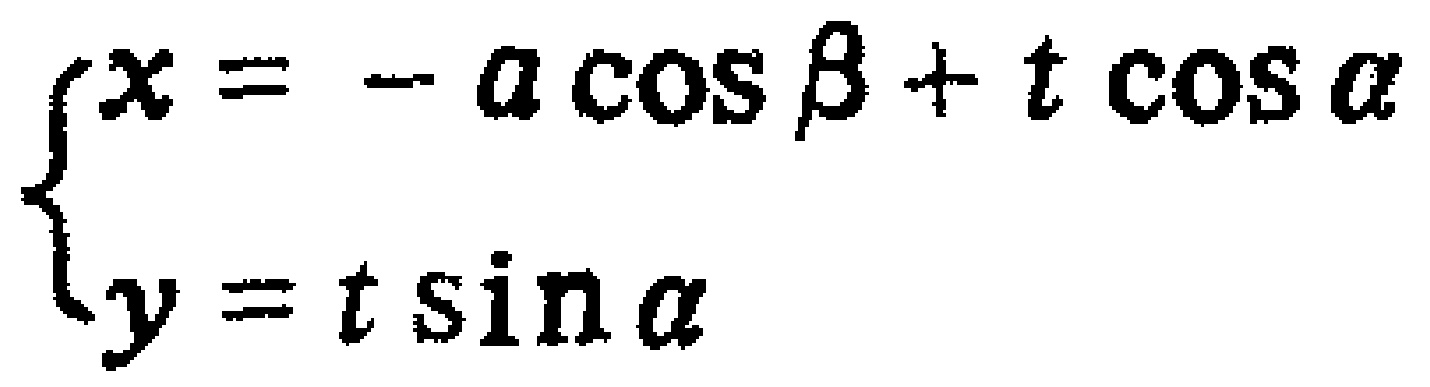
\[\begin{cases}

x = - a \cos \beta + t \cos \alpha\\

y = t \sin \alpha

\end{cases}\]